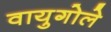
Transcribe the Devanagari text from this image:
वायुगोले